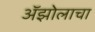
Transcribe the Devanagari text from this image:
ॲझोलाचा